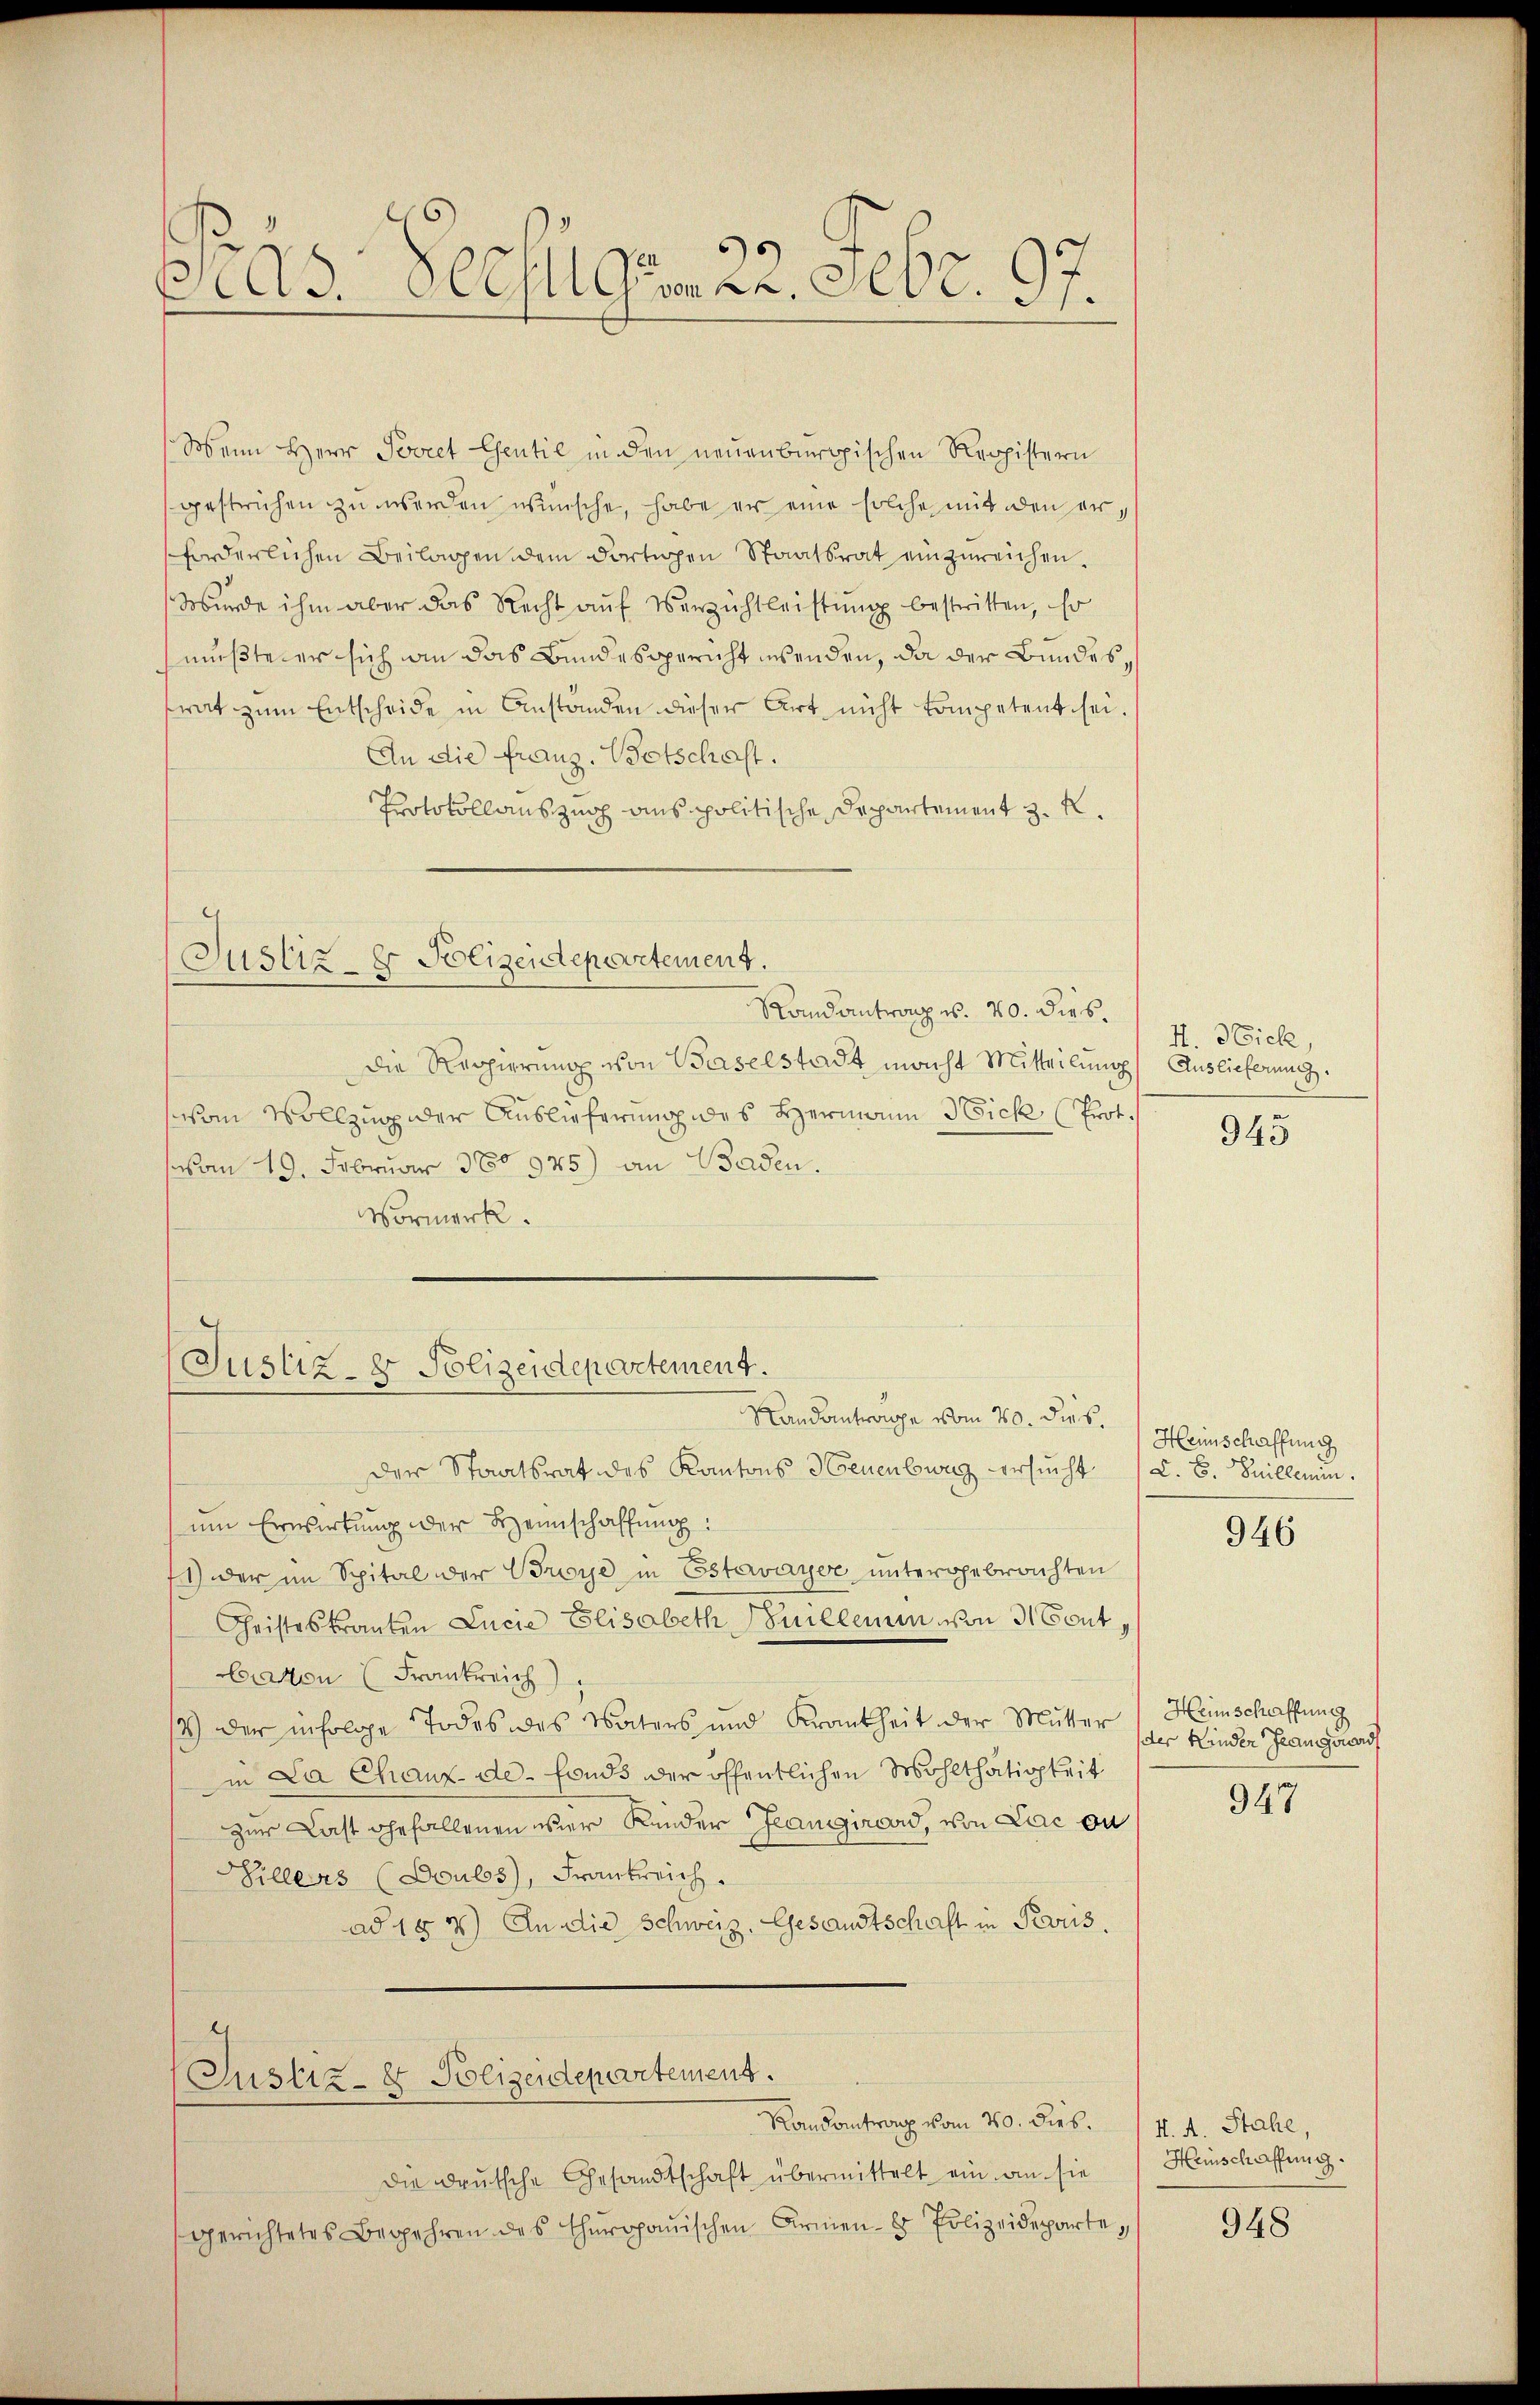
3
As. 800fl Germ 22. Febr. 97.

Wenn Herr Povcet Esentie in den neuenburgischen Reppistern
gestrichen zu werden wünsche, habe er eine solche mit den erforderlichen Beilagen dem dortigen Staatsrat einzureichen.
Wurde ihm aber das Recht auf Verzichtleistung bestritten, so
mußte er sich an das Bundesgericht wenden, da der Bundessrat zum Entscheide in Anstanden dieser Art nicht kompetent sei.
An die Franz. Botschaft.
Protokollauszug aus politische Departement z. R.

Justiz & Polizeidepartement.
Randantrang u. 20. dies.

Die Regierung von Baselstadt macht Mitteilung Auslieferung.
vom Vollzug der Auslieferung des Hermann Nick (Prot.
vom 19. Februar 380 975) an Baden.
Vormerk.

Justiz- & Polizeidepartement.
Randantrage vom 20. dies.

Der Staatsrat des Kantons Neuenburg ersucht (z. B. Guillemin
um Erwirkung der Heimschaffung:
71) der im Spital der Broye in Estavayer untergebrachten
Christeskranten Lucia Elisabeth millemin von 31 Font
Bratten (Frankreich
12.) Der infolge Todes des Vaters und Krankheit der Mutter
in La Chaux-de-Fonds der öffentlichen Wohlthätigkeit
zur Last gefallenen vier Kinder Jeangirend, von Lac au
Sillers (Doulos, Frankreich.
ad 154) An die Schweiz. Gesandtschaft in Pers.

(Justiz- & Polizeidepartement.
Randantrag vom 20. dies. 14. d. Stahl,

Die Deutsche Gesandtschaft übermittelt ein an sie
gerichtetes Begehren des Thurgauischen Armen- Polizeideparte,

H. Nick,

945

Heinschaffung

946

Heimschaffung
der Händer Jeangeord

947

Heinschaffung.

948